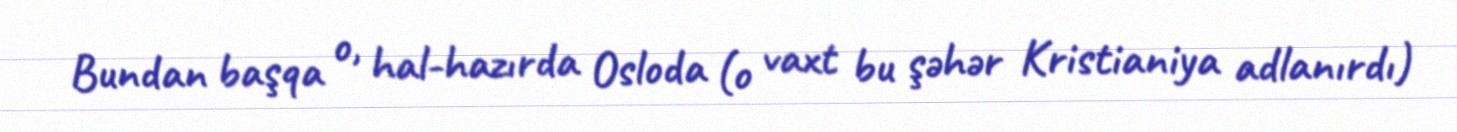
Bundan başqa o, hal-hazırda Osloda (o vaxt bu şəhər Kristianiya adlanırdı)